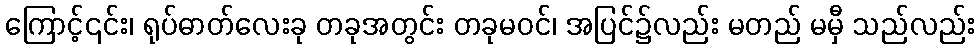
ကြောင့်၎င်း၊ ရုပ်ဓာတ်လေးခု တခုအတွင်း တခုမဝင်၊ အပြင်၌လည်း မတည် မမှီ သည်လည်း